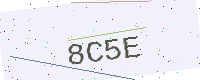
Text: 8C5E